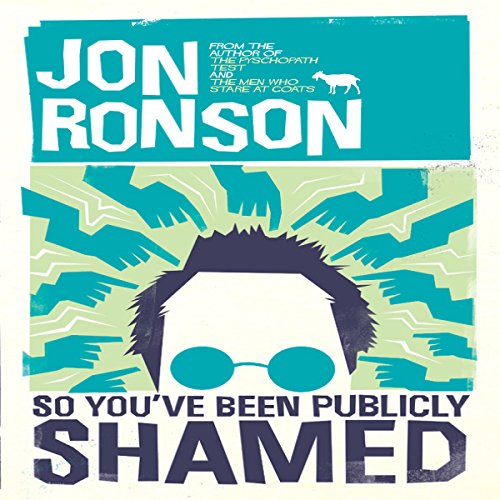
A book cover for So You've Been Publicly Shamed; Jon Ronson; Politics & Social Sciences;